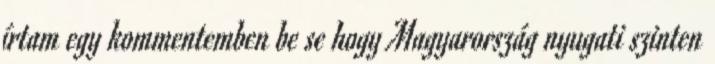
írtam egy kommentemben be se hogy Magyarország nyugati szinten